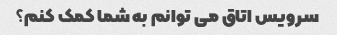
سرویس اتاق می توانم به شما کمک کنم؟